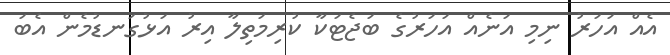
އެއް އަހަރު ނިމި އަނެއް އަހަރުގެ ބަޖެޓަކާ ކުރިމަތިލާ އިރު އަޅުގަނޑުމެން އެބަ